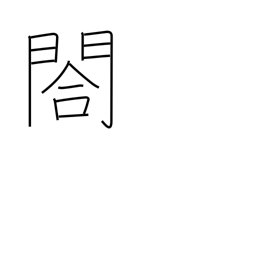
Meaning: small side gate